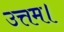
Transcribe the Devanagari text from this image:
उत्तम।